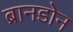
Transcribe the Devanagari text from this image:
ब्रानडोन